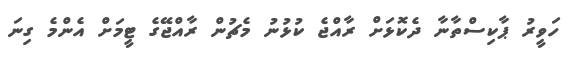
ހަވީރު ޕާކިސްތާނާ ދެކޮޅަށް ރާއްޖެ ކުޅުނު މެޗުން ރާއްޖޭގެ ޓީމަށް އެންމެ ގިނަ